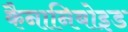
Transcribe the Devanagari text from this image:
कैनानिबोइड